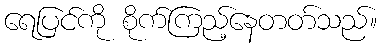
ရေပြင်ကို စိုက်ကြည့်နေတတ်သည်။